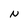
Character: N